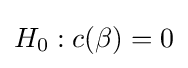
H_{0}:c(\beta )=0